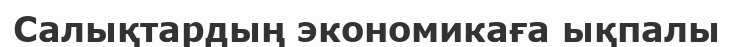
Салықтардың экономикаға ықпалы